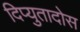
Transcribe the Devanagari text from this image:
दिप्युतादोस